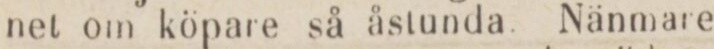
net om köpare så åstunda Nänmare